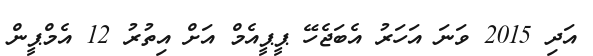
އަދި 2015 ވަނަ އަހަރު އެބަޖެހޭ ޕީޕީއެމް އަށް އިތުރު 12 އެމްޕީން